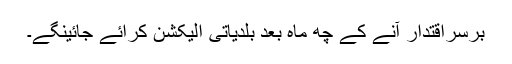
برسراقتدار آنے کے چھ ماہ بعد بلدیاتی الیکشن کرائے جائینگے۔